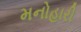
મનોહારી